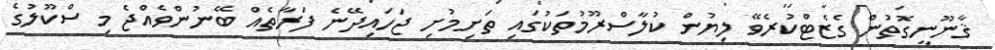
ޤާނޫނީގޮތުން ގެޒެޓްކުރެވޭ ލިޔުން ކުލާސްރޫމުތަކުގައި ތަށިމުށި ޖަހައިދޭނެ ފަރާތެއް ބޭނުންވެއްޖެ މި ސްކޫލުގެ